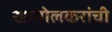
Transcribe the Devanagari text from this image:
खानोलकरांची